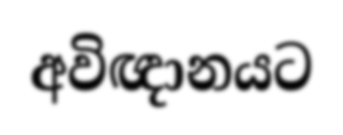
අවිඥානයට